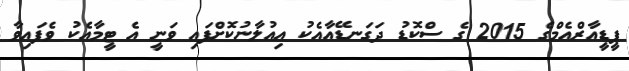
ޕީޑީއާރްއެމްގެ 2015 ގެ ސްކޮޑު ދަގަނޑޭއާއެކު އިއުލާނުކޮށްފައި ވަނީ އެ ޓީމާއެކު ވެފައިވާ